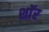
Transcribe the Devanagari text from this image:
शाॅर